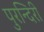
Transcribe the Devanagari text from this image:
पुरन्दिरी